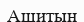
Ашитын